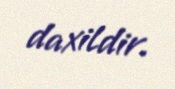
daxildir.